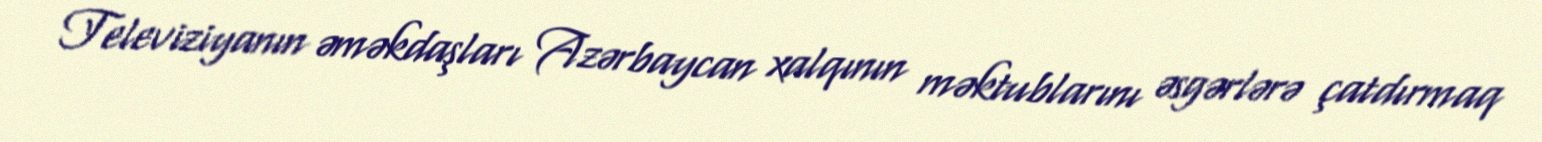
Televiziyanın əməkdaşları Azərbaycan xalqının məktublarını əsgərlərə çatdırmaq